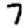
Digit: 7